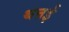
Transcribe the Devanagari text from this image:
थत्तई